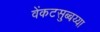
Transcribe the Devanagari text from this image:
वेंकटसुब्बय्या